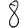
Digit: 8